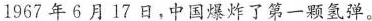
1967年6月17日，中国爆炸了第一颗氢弹。